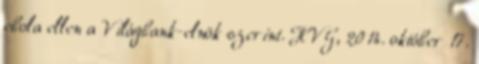
ebola ellen a Világbank-elnök szerint. HVG, 2014. október 17.